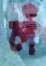
লঁ